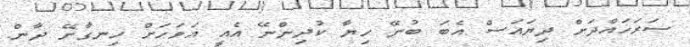
ސަރަހައްދަށް ދިޔައަސް އެބަ ބުނޭ ހިޔާ ކުދިންނޭ އެއީ އަވަހަށް ހިނގާށޭ ދާން.